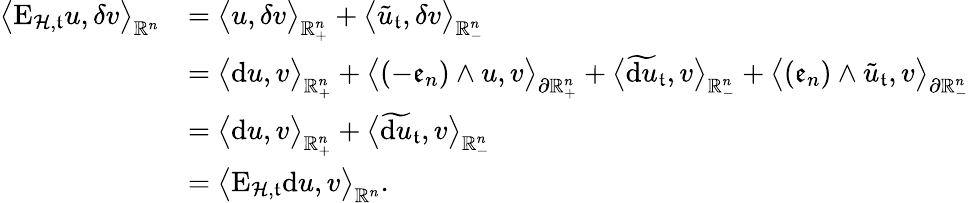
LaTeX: \begin{array}{rl}{\big\langle\mathrm{E}_{\mathcal{H},\mathfrak{t}}u,\delta v\big\rangle_{\mathbb{R}^{n}}}&{=\big\langle u,\delta v\big\rangle_{\mathbb{R}_{+}^{n}}+\big\langle\tilde{u}_{\mathfrak{t}},\delta v\big\rangle_{\mathbb{R}_{-}^{n}}}\\ &{=\big\langle\mathrm{d}u,v\big\rangle_{\mathbb{R}_{+}^{n}}+\big\langle(-\mathfrak{e}_{n})\wedge u,v\big\rangle_{\partial\mathbb{R}_{+}^{n}}+\big\langle\widetilde{\mathrm{d}u}_{\mathfrak{t}},v\big\rangle_{\mathbb{R}_{-}^{n}}+\big\langle(\mathfrak{e}_{n})\wedge\tilde{u}_{\mathfrak{t}},v\big\rangle_{\partial\mathbb{R}_{-}^{n}}}\\ &{=\big\langle\mathrm{d}u,v\big\rangle_{\mathbb{R}_{+}^{n}}+\big\langle\widetilde{\mathrm{d}u}_{\mathfrak{t}},v\big\rangle_{\mathbb{R}_{-}^{n}}}\\ &{=\big\langle\mathrm{E}_{\mathcal{H},\mathfrak{t}}\mathrm{d}u,v\big\rangle_{\mathbb{R}^{n}}\mathrm{.}}\end{array}